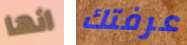
انها عرفتك